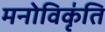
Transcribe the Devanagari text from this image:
मनोविकृ॑ति